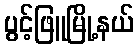
ပွင့်ဖြူမြို့နယ်